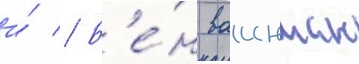
и́ // Б'е́н ваинман